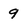
Character: 9